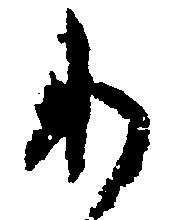
り